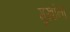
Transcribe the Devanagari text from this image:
मुखांना